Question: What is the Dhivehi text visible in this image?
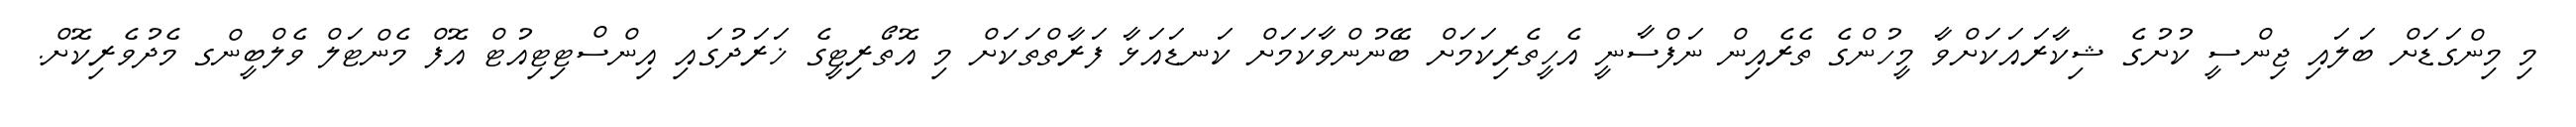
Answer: މި މިންގަޑަށް ބަލައި ޖިންސީ ކުށުގެ ޝިކާރައަކަށްވާ މީހުންގެ ތެރެއިން ނަފްސާނީ އެހީތެރިކަމަށް ބޭނުންވާކަމަށް ކަނޑައަޅާ ފަރާތްތަކަށް މި އޮތޯރިޓީގެ ޚަރަދުގައި އިންސްޓިޓިއުޓް އޮފް މެންޓަލް ވެލްބީންގ މެދުވެރިކޮށް.